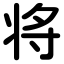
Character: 将